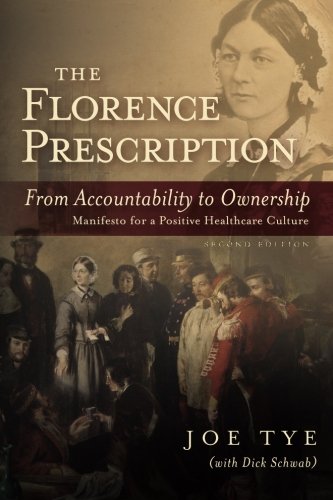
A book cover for The Florence Prescription: From Accountability to Ownership; Joe Tye; Medical Books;